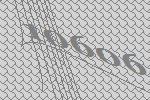
10606